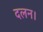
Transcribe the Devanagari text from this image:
दलन।